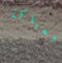
السباكة